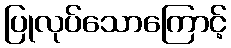
ပြုလုပ်သောကြောင့်